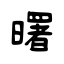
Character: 曙